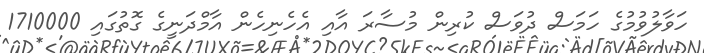
ހަވާލުވުމުގެ ހަމަސް ދުވަސް ކުރިން މުސާރަ އާއި އެހެނިހެން އާމްދަނީގެ ގޮތުގައި 1710000